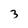
Character: 3